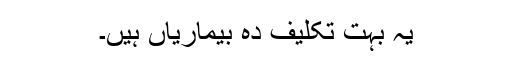
یہ بہت تکلیف دہ بیماریاں ہیں۔